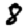
Digit: 8